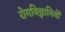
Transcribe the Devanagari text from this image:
रोगविज्ञानियों